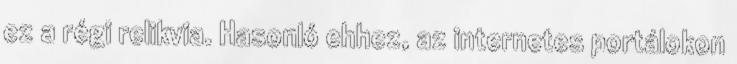
ez a régi relikvia. Hasonló ehhez, az internetes portálokon